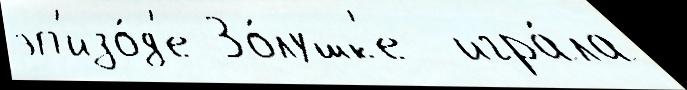
эп'изо́д'е Зо́лушк'е  игра́ла